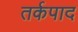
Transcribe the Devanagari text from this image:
तर्कपाद